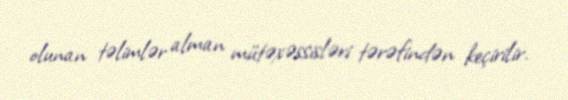
olunan təlimlər alman mütəxəssisləri tərəfindən keçirilir.